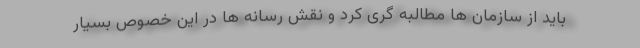
باید از سازمان ها مطالبه گری کرد و نقش رسانه ها در این خصوص بسیار